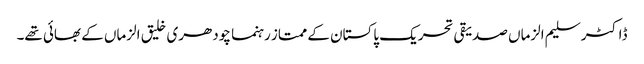
ڈاکٹر سلیم الزماں صدیقی تحریک پاکستان کے ممتاز رہنما چودھری خلیق الزماں کے بھائی تھے۔